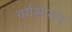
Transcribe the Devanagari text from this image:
वर्गशासन